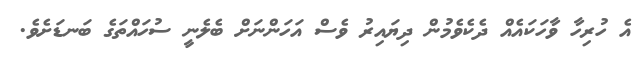
އެ ހުރިހާ ވާހަކައެއް ދެކެވެމުން ދިޔައިރު ވެސް އަހަންނަށް ބެލެނީ ސުހައްތަގެ ބަނޑަށެވެ.